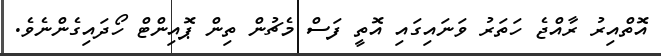
އޮތްއިރު ރާއްޖެ ހަތަރު ވަނައިގައި އޮތީ ފަސް މެޗުން ތިން ޕޮއިންޓް ހޯދައިގެންނެވެ.